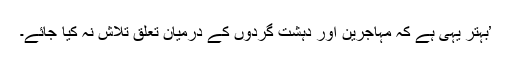
’بہتر یہی ہے کہ مہاجرین اور دہشت گردوں کے درمیان تعلق تلاش نہ کیا جائے۔